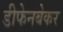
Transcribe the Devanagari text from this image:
डीफेनबेकर